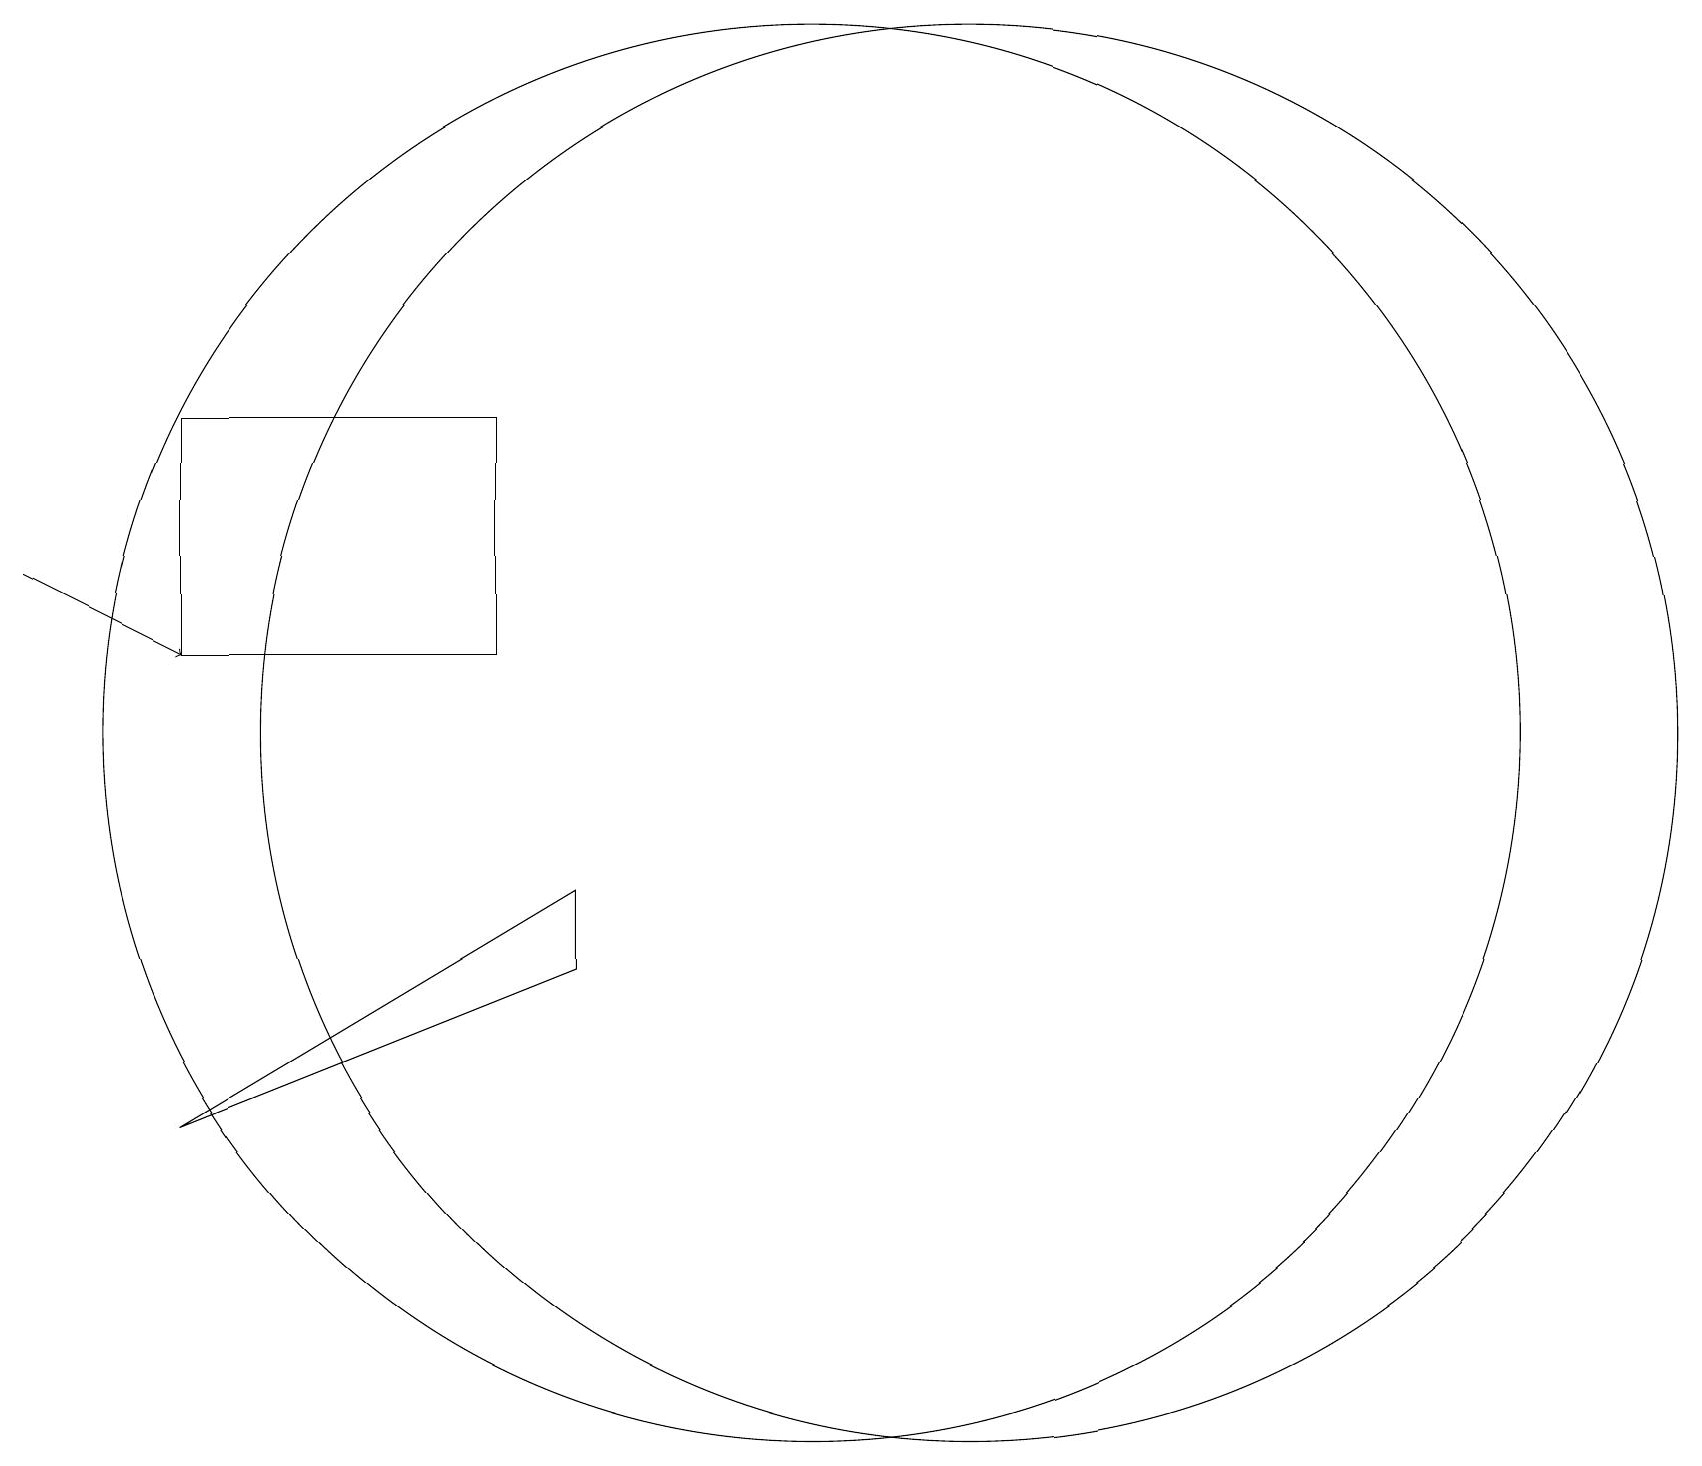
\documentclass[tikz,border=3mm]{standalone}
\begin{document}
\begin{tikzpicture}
\draw (6,15) rectangle (2,12);
\draw (10,11) circle (9);
\draw (12,11) circle (9);
\draw[->] (0,13) -- (2,12);
\draw (2,6) -- (7,9) -- (7,8) -- cycle;
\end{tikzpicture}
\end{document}